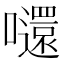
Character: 𡄤